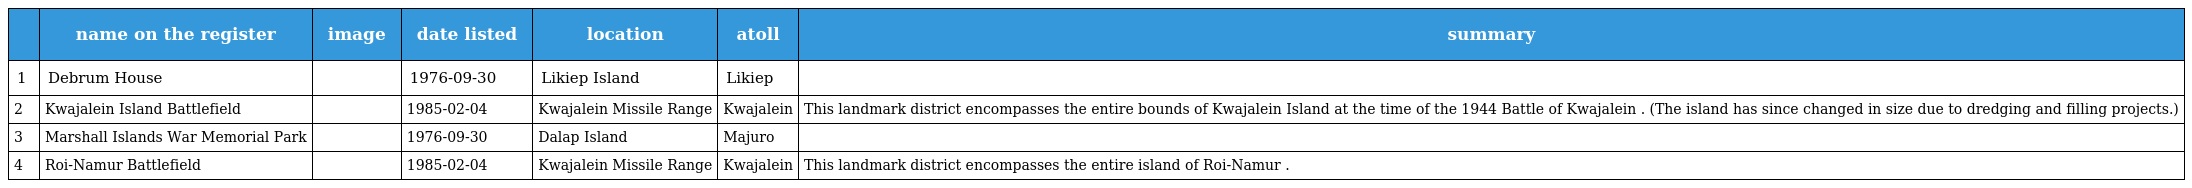
|  | name on the register | image | date listed | location | atoll | summary |
 | --- | --- | --- | --- | --- | --- | --- |
 | 1 | Debrum House |  | 1976-09-30 | Likiep Island | Likiep |  |
 | 2 | Kwajalein Island Battlefield |  | 1985-02-04 | Kwajalein Missile Range | Kwajalein | This landmark district encompasses the entire bounds of Kwajalein Island at the time of the 1944 Battle of Kwajalein . (The island has since changed in size due to dredging and filling projects.) |
 | 3 | Marshall Islands War Memorial Park |  | 1976-09-30 | Dalap Island | Majuro |  |
 | 4 | Roi-Namur Battlefield |  | 1985-02-04 | Kwajalein Missile Range | Kwajalein | This landmark district encompasses the entire island of Roi-Namur . |